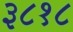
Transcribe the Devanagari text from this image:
३८१८